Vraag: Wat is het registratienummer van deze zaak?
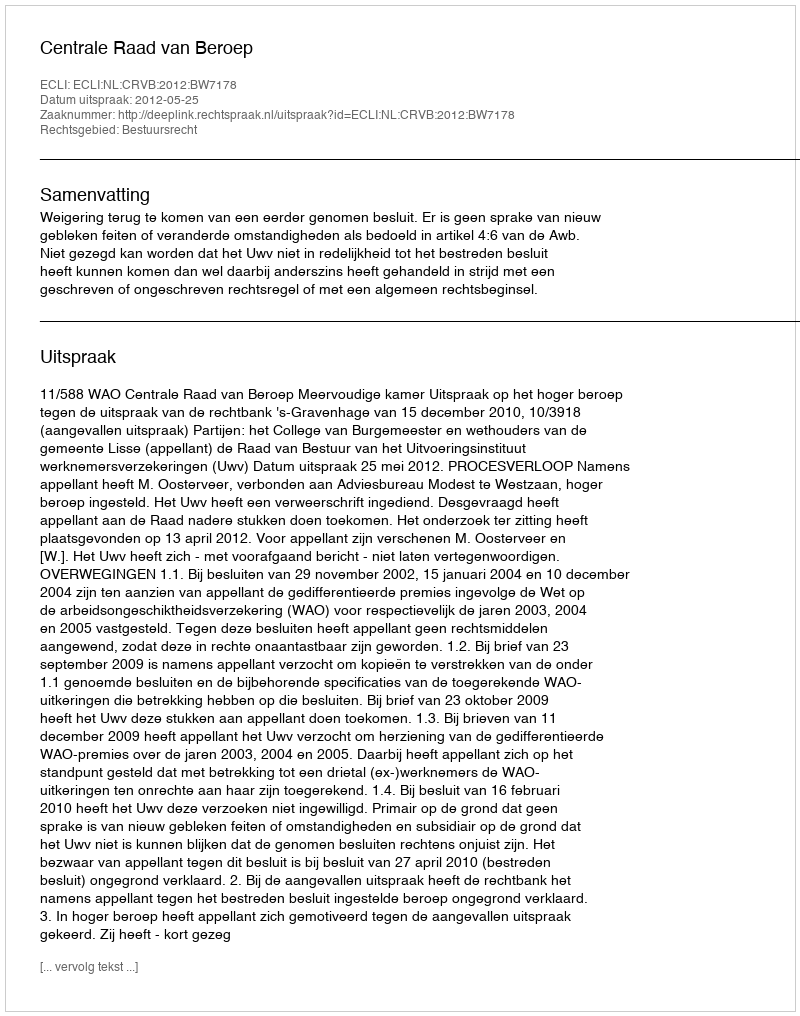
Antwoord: http://deeplink.rechtspraak.nl/uitspraak?id=ECLI:NL:CRVB:2012:BW7178